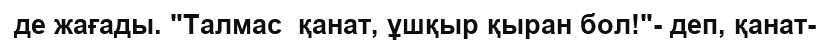
де жағады. "Талмас  қанат, ұшқыр қыран бол!"- деп, қанат-